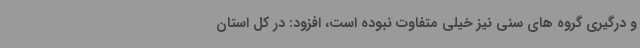
و درگیری گروه های سنی نیز خیلی متفاوت نبوده است، افزود: در کل استان